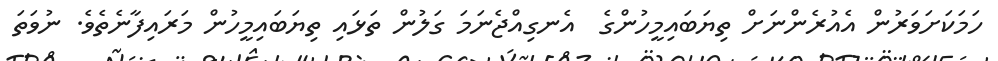
ހަމަކަށަވަރުން އެއުރެންނަށް ތިޔަބައިމީހުންގެ  އެނގިއްޖެނަމަ ގަލުން ތަޅައި ތިޔަބައިމީހުން މަރައިފާނެތެވެ. ނުވަތަ